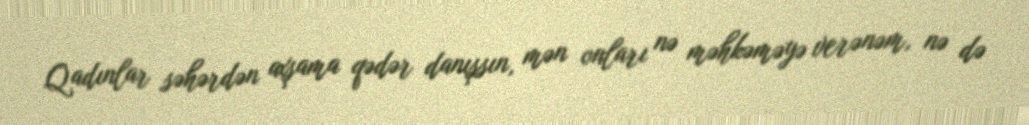
Qadınlar səhərdən axşama qədər danışsın, mən onları nə məhkəməyə verənəm, nə də